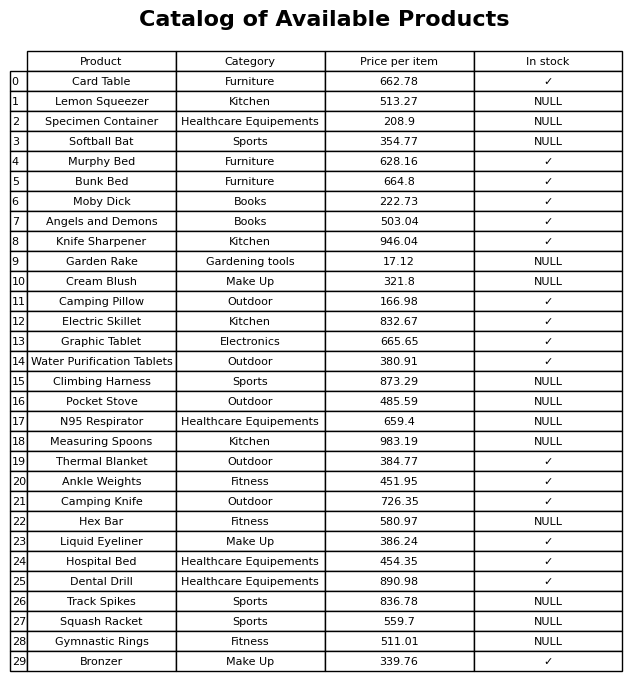
question: What is the price for Bunk Bed?
answer: The price of Bunk Bed is 664.8.